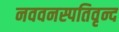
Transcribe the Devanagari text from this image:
नववनस्पतिवृन्द